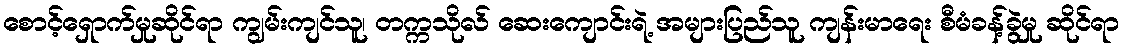
စောင့်ရှောက်မှုဆိုင်ရာ ကျွမ်းကျင်သူ၊ တက္ကသိုလ် ဆေးကျောင်းရဲ့ အများပြည်သူ ကျန်းမာရေး စီမံခန့်ခွဲမှု ဆိုင်ရာ